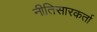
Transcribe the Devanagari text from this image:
नीतिसारकर्ता